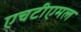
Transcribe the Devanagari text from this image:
एचटीएमल